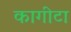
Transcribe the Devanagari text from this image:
कागीटा